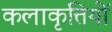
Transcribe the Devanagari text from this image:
कलाकृत्तियों